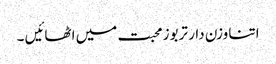
اتنا وزن دار تربوز محبت میں اٹھائیں ۔